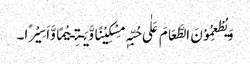
وَیُطْعِمُوْنَ الطَّعَامَ عَلٰی حُبِّہٖ مِسْکِیْنًا وَّیَـتِـیْمًا وَّاَسِیْرًا۔